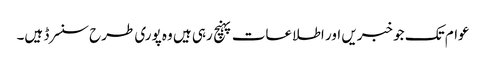
عوام تک جو خبریں اور اطلاعات پہنچ رہی ہیں وہ پوری طرح سنسرڈ ہیں۔